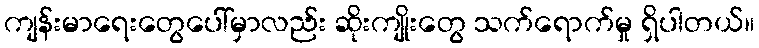
ကျန်းမာရေးတွေပေါ်မှာလည်း ဆိုးကျိုးတွေ သက်ရောက်မှု ရှိပါတယ်။